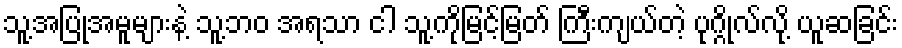
သူ့အပြုအမူများနဲ့ သူ့ဘဝ အရသာ ငါ သူ့ကိုမြင့်မြတ် ကြီးကျယ်တဲ့ ပုဂ္ဂိုလ်လို့ ယူဆခြင်း